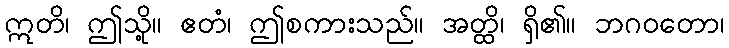
ဣတိ၊ ဤသို့။ ဧတံ၊ ဤစကားသည်။ အတ္ထိ၊ ရှိ၏။ ဘဂဝတော၊